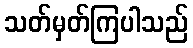
သတ်မှတ်ကြပါသည်